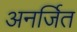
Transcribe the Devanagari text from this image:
अनर्जित